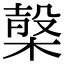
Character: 𣖫